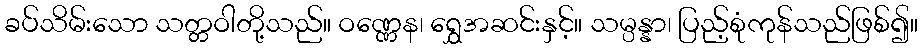
ခပ်သိမ်းသော သတ္တဝါတို့သည်။ ဝဏ္ဏေန၊ ရွှေအဆင်းနှင့်။ သမ္ပန္နာ၊ ပြည့်စုံကုန်သည်ဖြစ်၍။